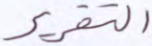
التقرير